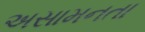
અસામનતા